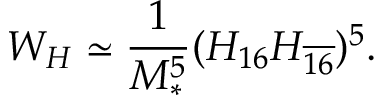
W _ { H } \simeq \frac { 1 } { M _ { * } ^ { 5 } } ( H _ { 1 6 } H _ { \overline { { { 1 6 } } } } ) ^ { 5 } .